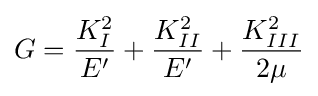
G={\frac {K_{I}^{2}}{E'}}+{\frac {K_{II}^{2}}{E'}}+{\frac {K_{III}^{2}}{2\mu }}